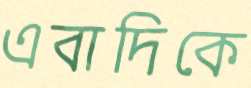
এবাদিকে